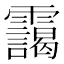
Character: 靄